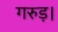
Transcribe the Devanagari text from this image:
गरुड़।